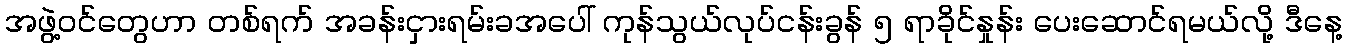
အဖွဲ့ဝင်တွေဟာ တစ်ရက် အခန်းငှားရမ်းခအပေါ် ကုန်သွယ်လုပ်ငန်းခွန် ၅ ရာခိုင်နှုန်း ပေးဆောင်ရမယ်လို့ ဒီနေ့